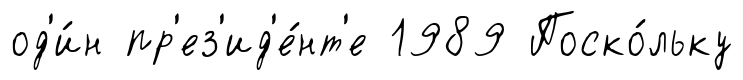
од'и́н пр'ез'ид'е́нт'е 1989 Поско́льку